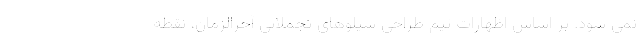
نمی شود. بر اساس اظهارات تیم طراحی سیلوهای تجملاتی آخرالزمان، نقطه